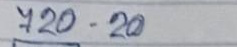
720 - 20